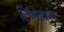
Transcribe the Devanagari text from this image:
लिथोकार्पस